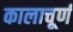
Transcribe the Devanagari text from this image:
कालाचूर्ण